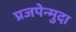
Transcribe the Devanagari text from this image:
प्रजपेन्मुदा